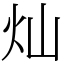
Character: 灿